65_HS1-834228961_62-HQ-83894_Section_3
Agency: FBI
Page 107
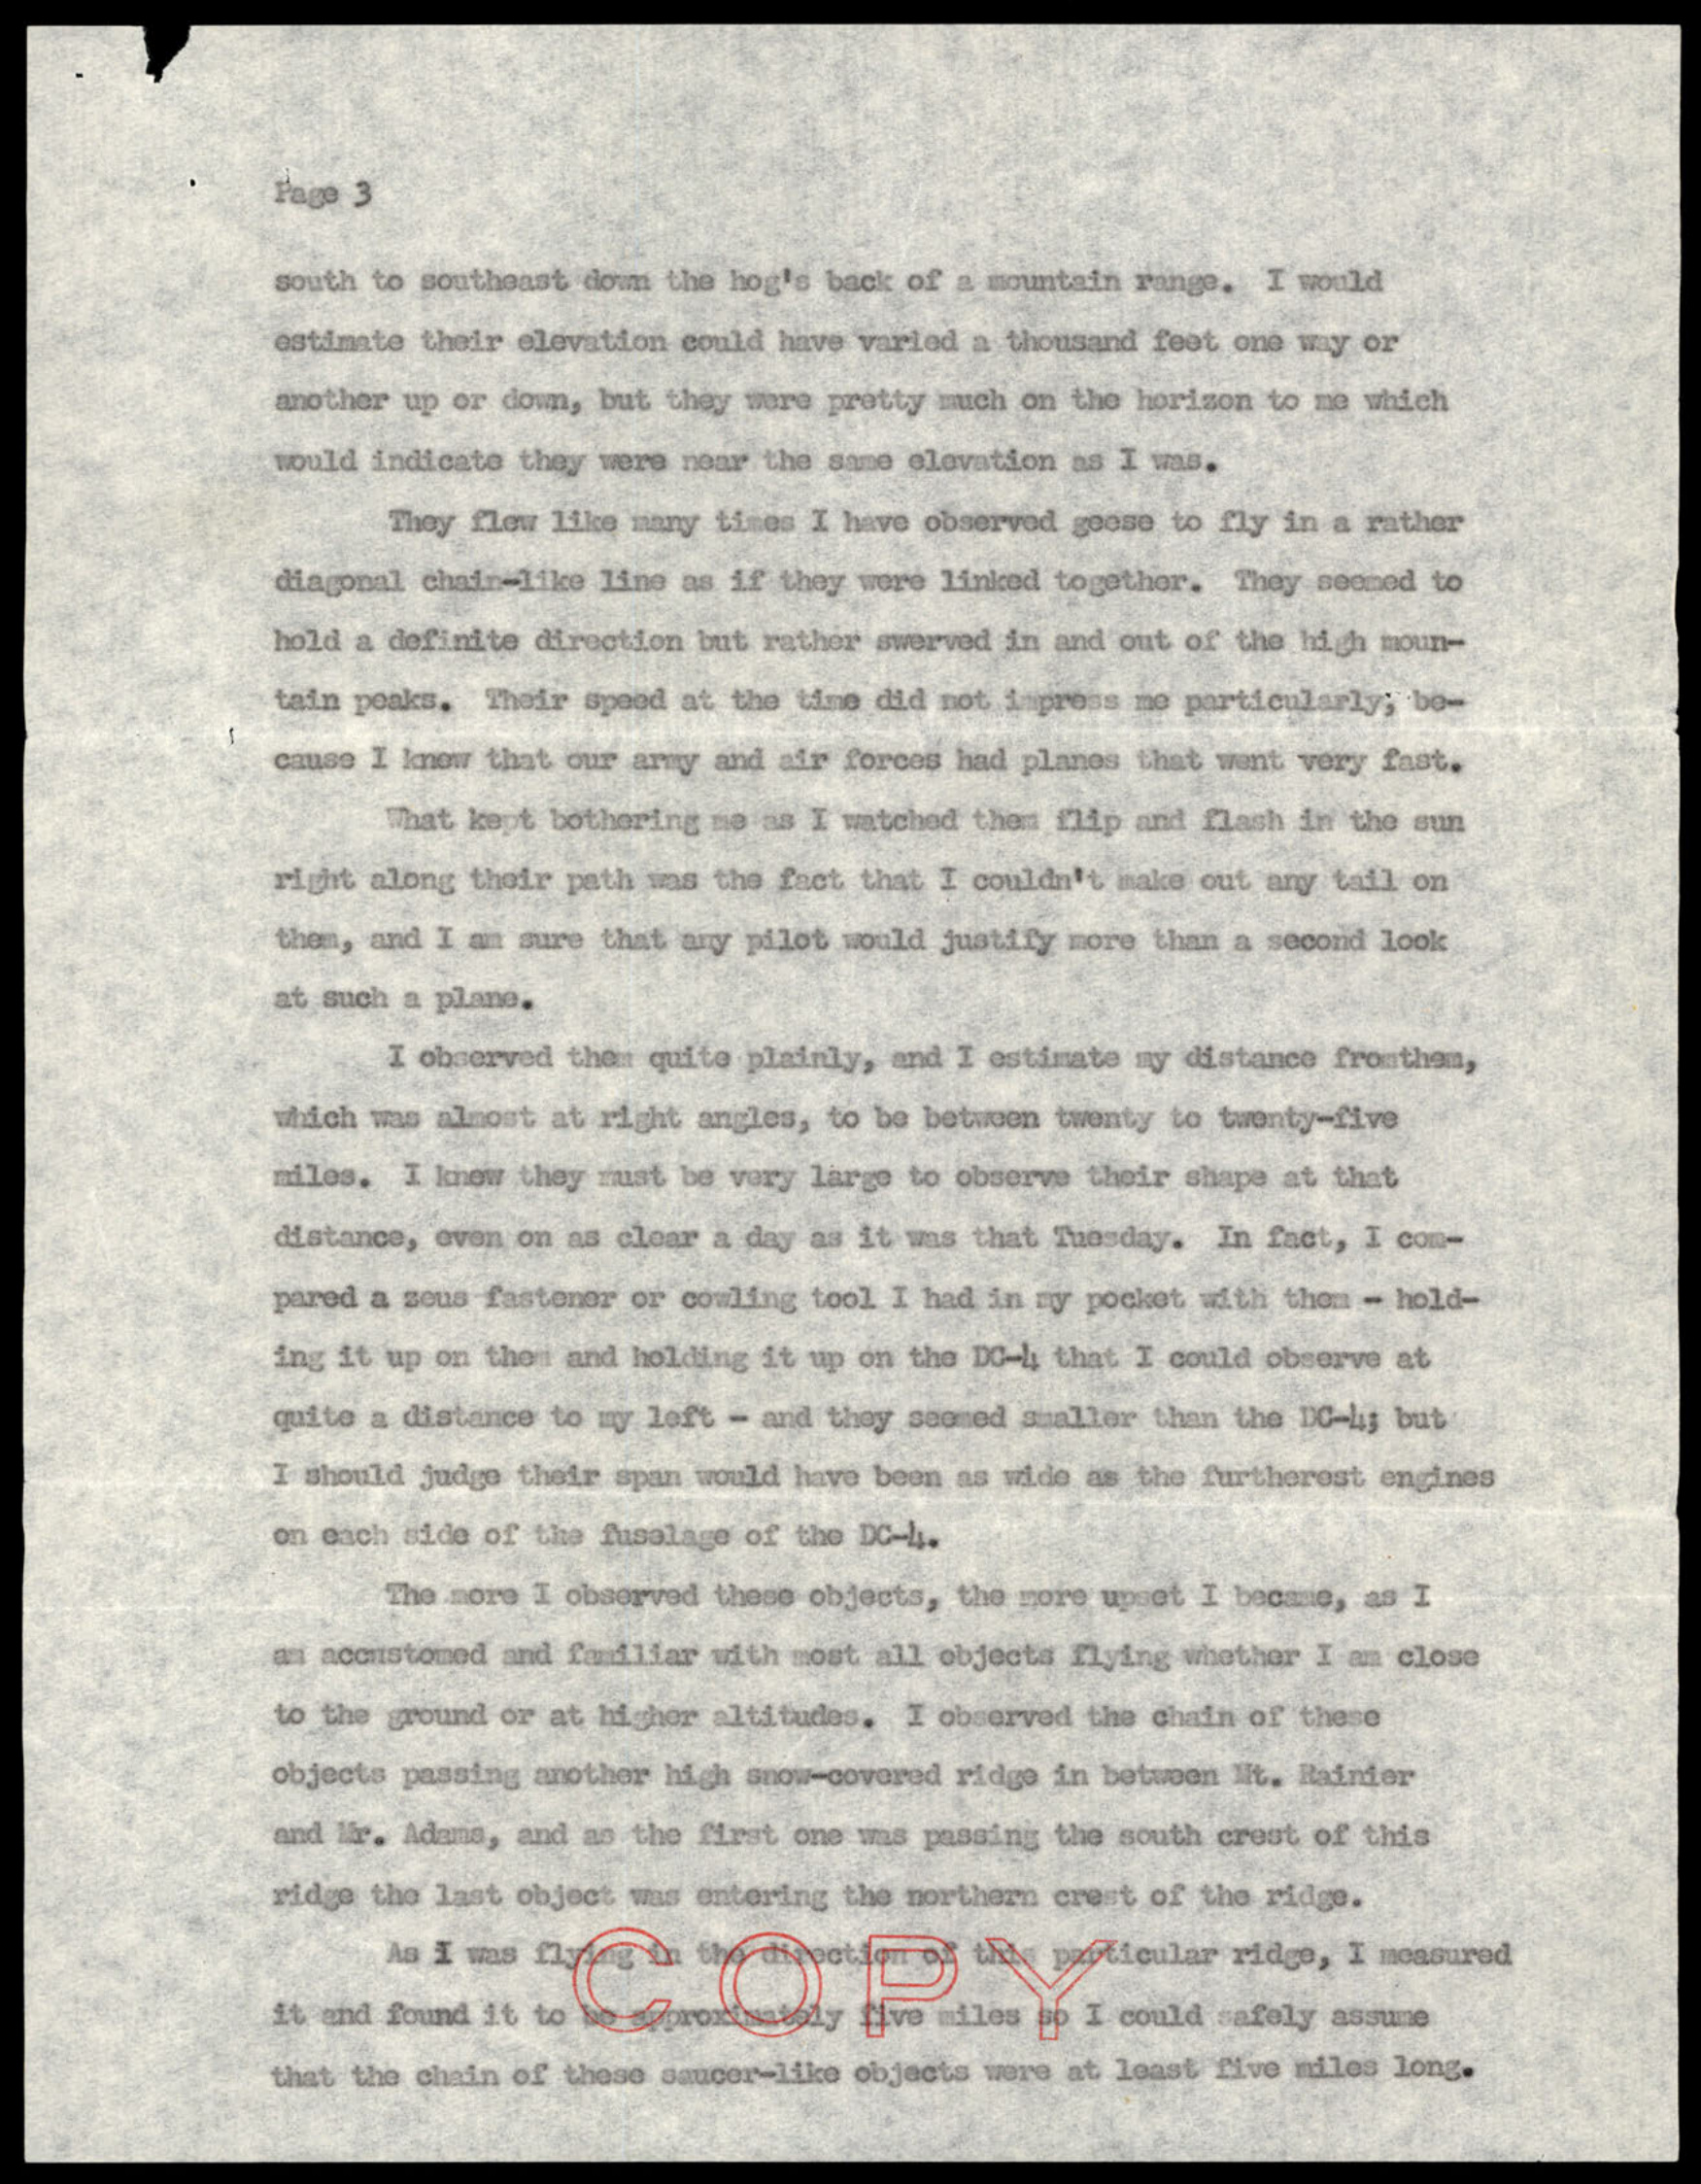